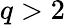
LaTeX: q>2